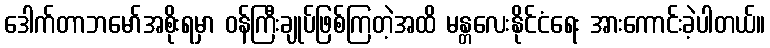
ဒေါက်တာဘမော်အစိုးရမှာ ဝန်ကြီးချုပ်ဖြစ်ကြတဲ့အထိ မန္တလေးနိုင်ငံရေး အားကောင်းခဲ့ပါတယ်။